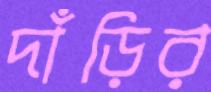
দাঁড়ির